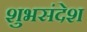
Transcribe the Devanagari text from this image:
शुभसंदेश